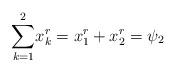
LaTeX: \begin{align*}\underset{k=1}{\overset{2}{\sum }}x_{k}^{r}=x_{1}^{r}+x_{2}^{r}=\psi _{2} \end{align*}